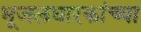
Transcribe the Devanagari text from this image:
भूजलधारकांच्या